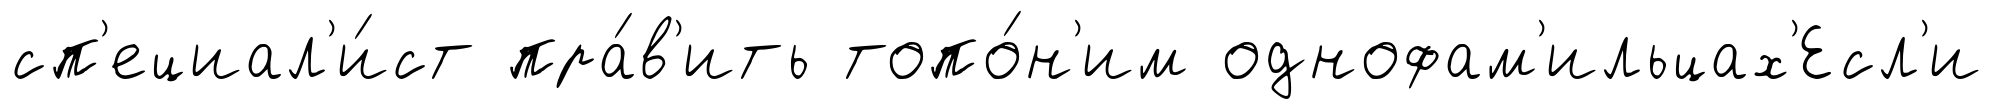
сп'ециал'и́ст пра́в'ить топо́н'им однофам'ильцах'Есл'и